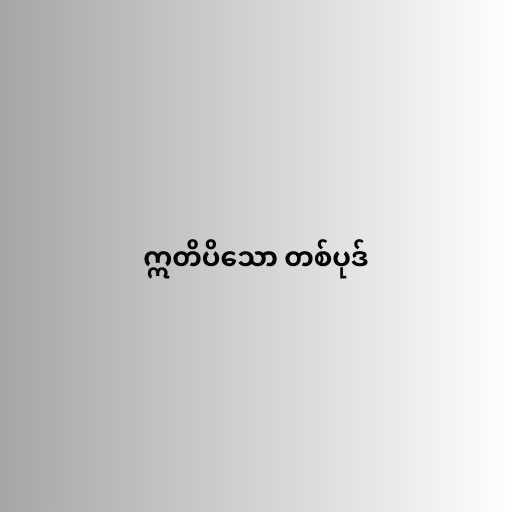
ဣတိပိသော တစ်ပုဒ်